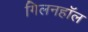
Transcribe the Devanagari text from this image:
गिलनहॉल